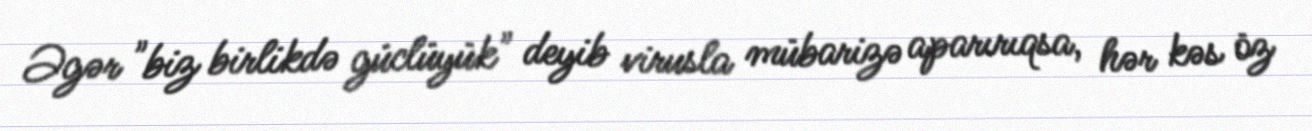
Əgər "biz birlikdə güclüyük" deyib virusla mübarizə aparırıqsa, hər kəs öz